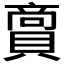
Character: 𮚘